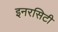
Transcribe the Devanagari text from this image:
इनरसिटी